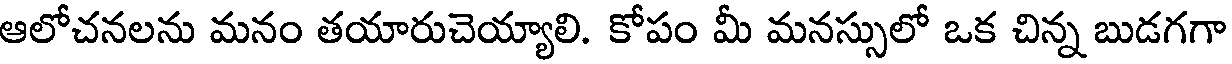
ఆలోచనలను మనం తయారుచెయ్యాలి. కోపం మీ మనస్సులో ఒక చిన్న బుడగగా